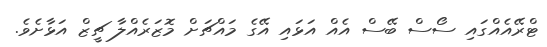
ޓްރޭއެއްގައި ސޯސް ބޭސް އެއް އަޅައި އޭގެ މައްޗަށް މޮޒަރެއްލާ ޗީޒް އަޅާށެވެ.